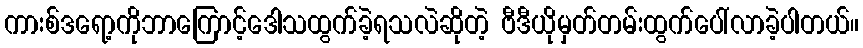
ကားစ်ဒရော့ကိုဘာကြောင့်ဒေါသထွက်ခဲ့ရသလဲဆိုတဲ့ ဗီဒီယိုမှတ်တမ်းထွက်ပေါ်လာခဲ့ပါတယ်။